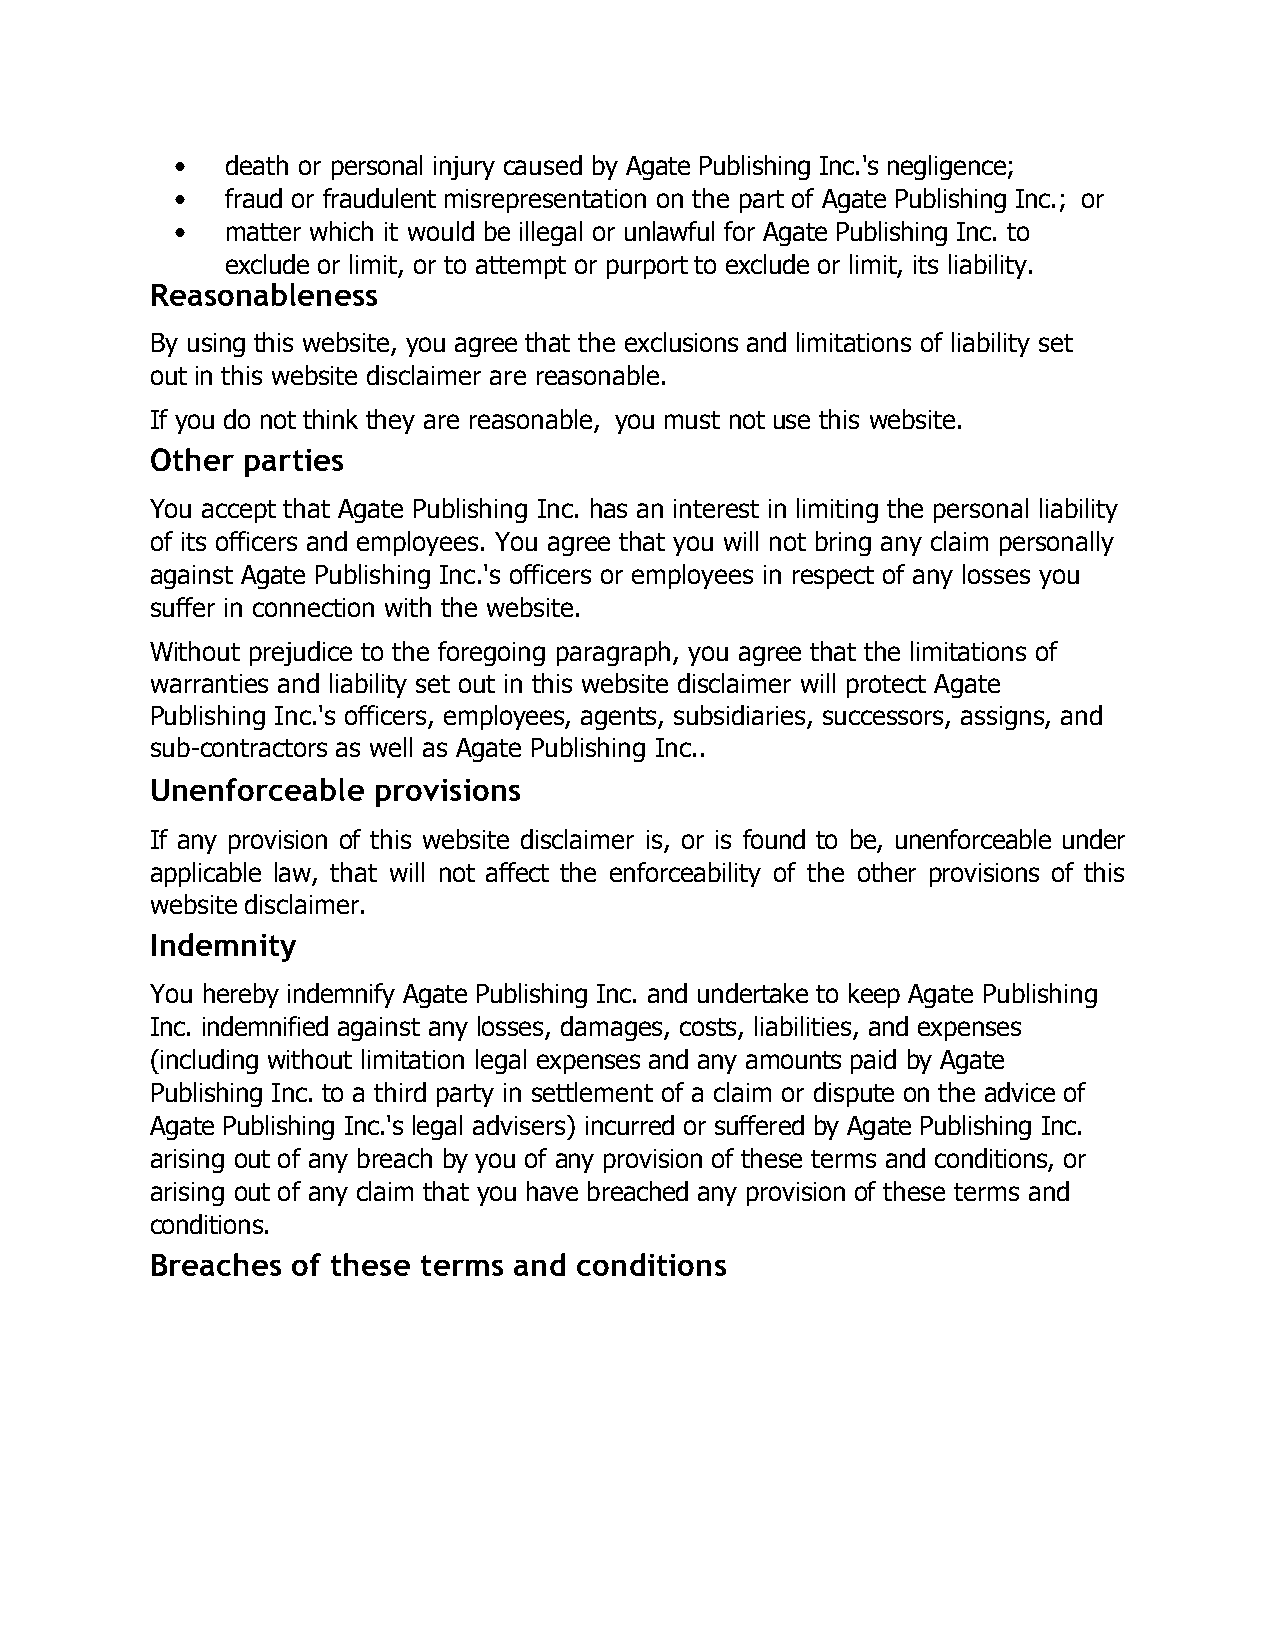
•   death or personal injury caused by Agate Publishing Inc.'s negligence;
 •   fraud or fraudulent misrepresentation on the part of Agate Publishing Inc.; or
 •   matter which it would be illegal or unlawful for Agate Publishing Inc. to
 exclude or limit, or to attempt or purport to exclude or limit, its liability.
 Reasonableness
 By using this website, you agree that the exclusions and limitations of liability set
 out in this website disclaimer are reasonable.
 If you do not think they are reasonable, you must not use this website.
 Other parties
 You accept that Agate Publishing Inc. has an interest in limiting the personal liability
 of its officers and employees. You agree that you will not bring any claim personally
 against Agate Publishing Inc.'s officers or employees in respect of any losses you
 suffer in connection with the website.
 Without prejudice to the foregoing paragraph, you agree that the limitations of
 warranties and liability set out in this website disclaimer will protect Agate
 Publishing Inc.'s officers, employees, agents, subsidiaries, successors, assigns, and
 sub-contractors as well as Agate Publishing Inc..
 Unenforceable  provisions
 If any provision of this website disclaimer is, or is found to be, unenforceable under
 applicable law, that will not affect the enforceability of the other provisions of this
 website disclaimer.
 Indemnity
 You hereby indemnify Agate Publishing Inc. and undertake to keep Agate Publishing
 Inc. indemnified against any losses, damages, costs, liabilities, and expenses
 (including without limitation legal expenses and any amounts paid by Agate
 Publishing Inc. to a third party in settlement of a claim or dispute on the advice of
 Agate Publishing Inc.'s legal advisers) incurred or suffered by Agate Publishing Inc.
 arising out of any breach by you of any provision of these terms and conditions, or
 arising out of any claim that you have breached any provision of these terms and
 conditions.
 Breaches of these terms and conditions